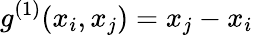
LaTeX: {g}^{(1)}(x_{i},x_{j})=x_{j}-x_{i}